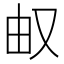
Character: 𰆹